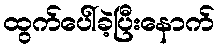
ထွက်ပေါ်ခဲ့ပြီးနောက်